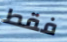
فقط